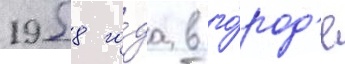
1958 го́да в го́род'е